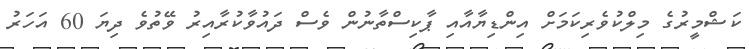
ކަޝްމީރުގެ މިލްކުވެރިކަމަށް އިންޑިޔާއާއި ޕާކިސްތާނުން ވެސް ދައުވާކުރާއިރު ވޭތުވެ ދިޔަ 60 އަހަރު